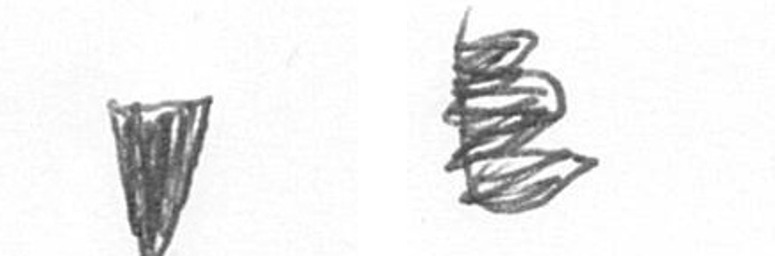
J H